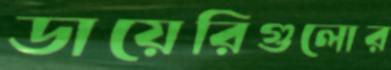
ডায়েরিগুলোর